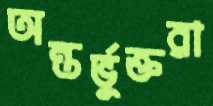
অন্তর্ভুক্তরা